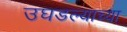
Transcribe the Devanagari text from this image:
उघडल्याच्या